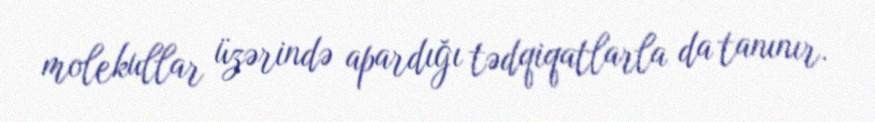
molekullar üzərində apardığı tədqiqatlarla da tanınır.